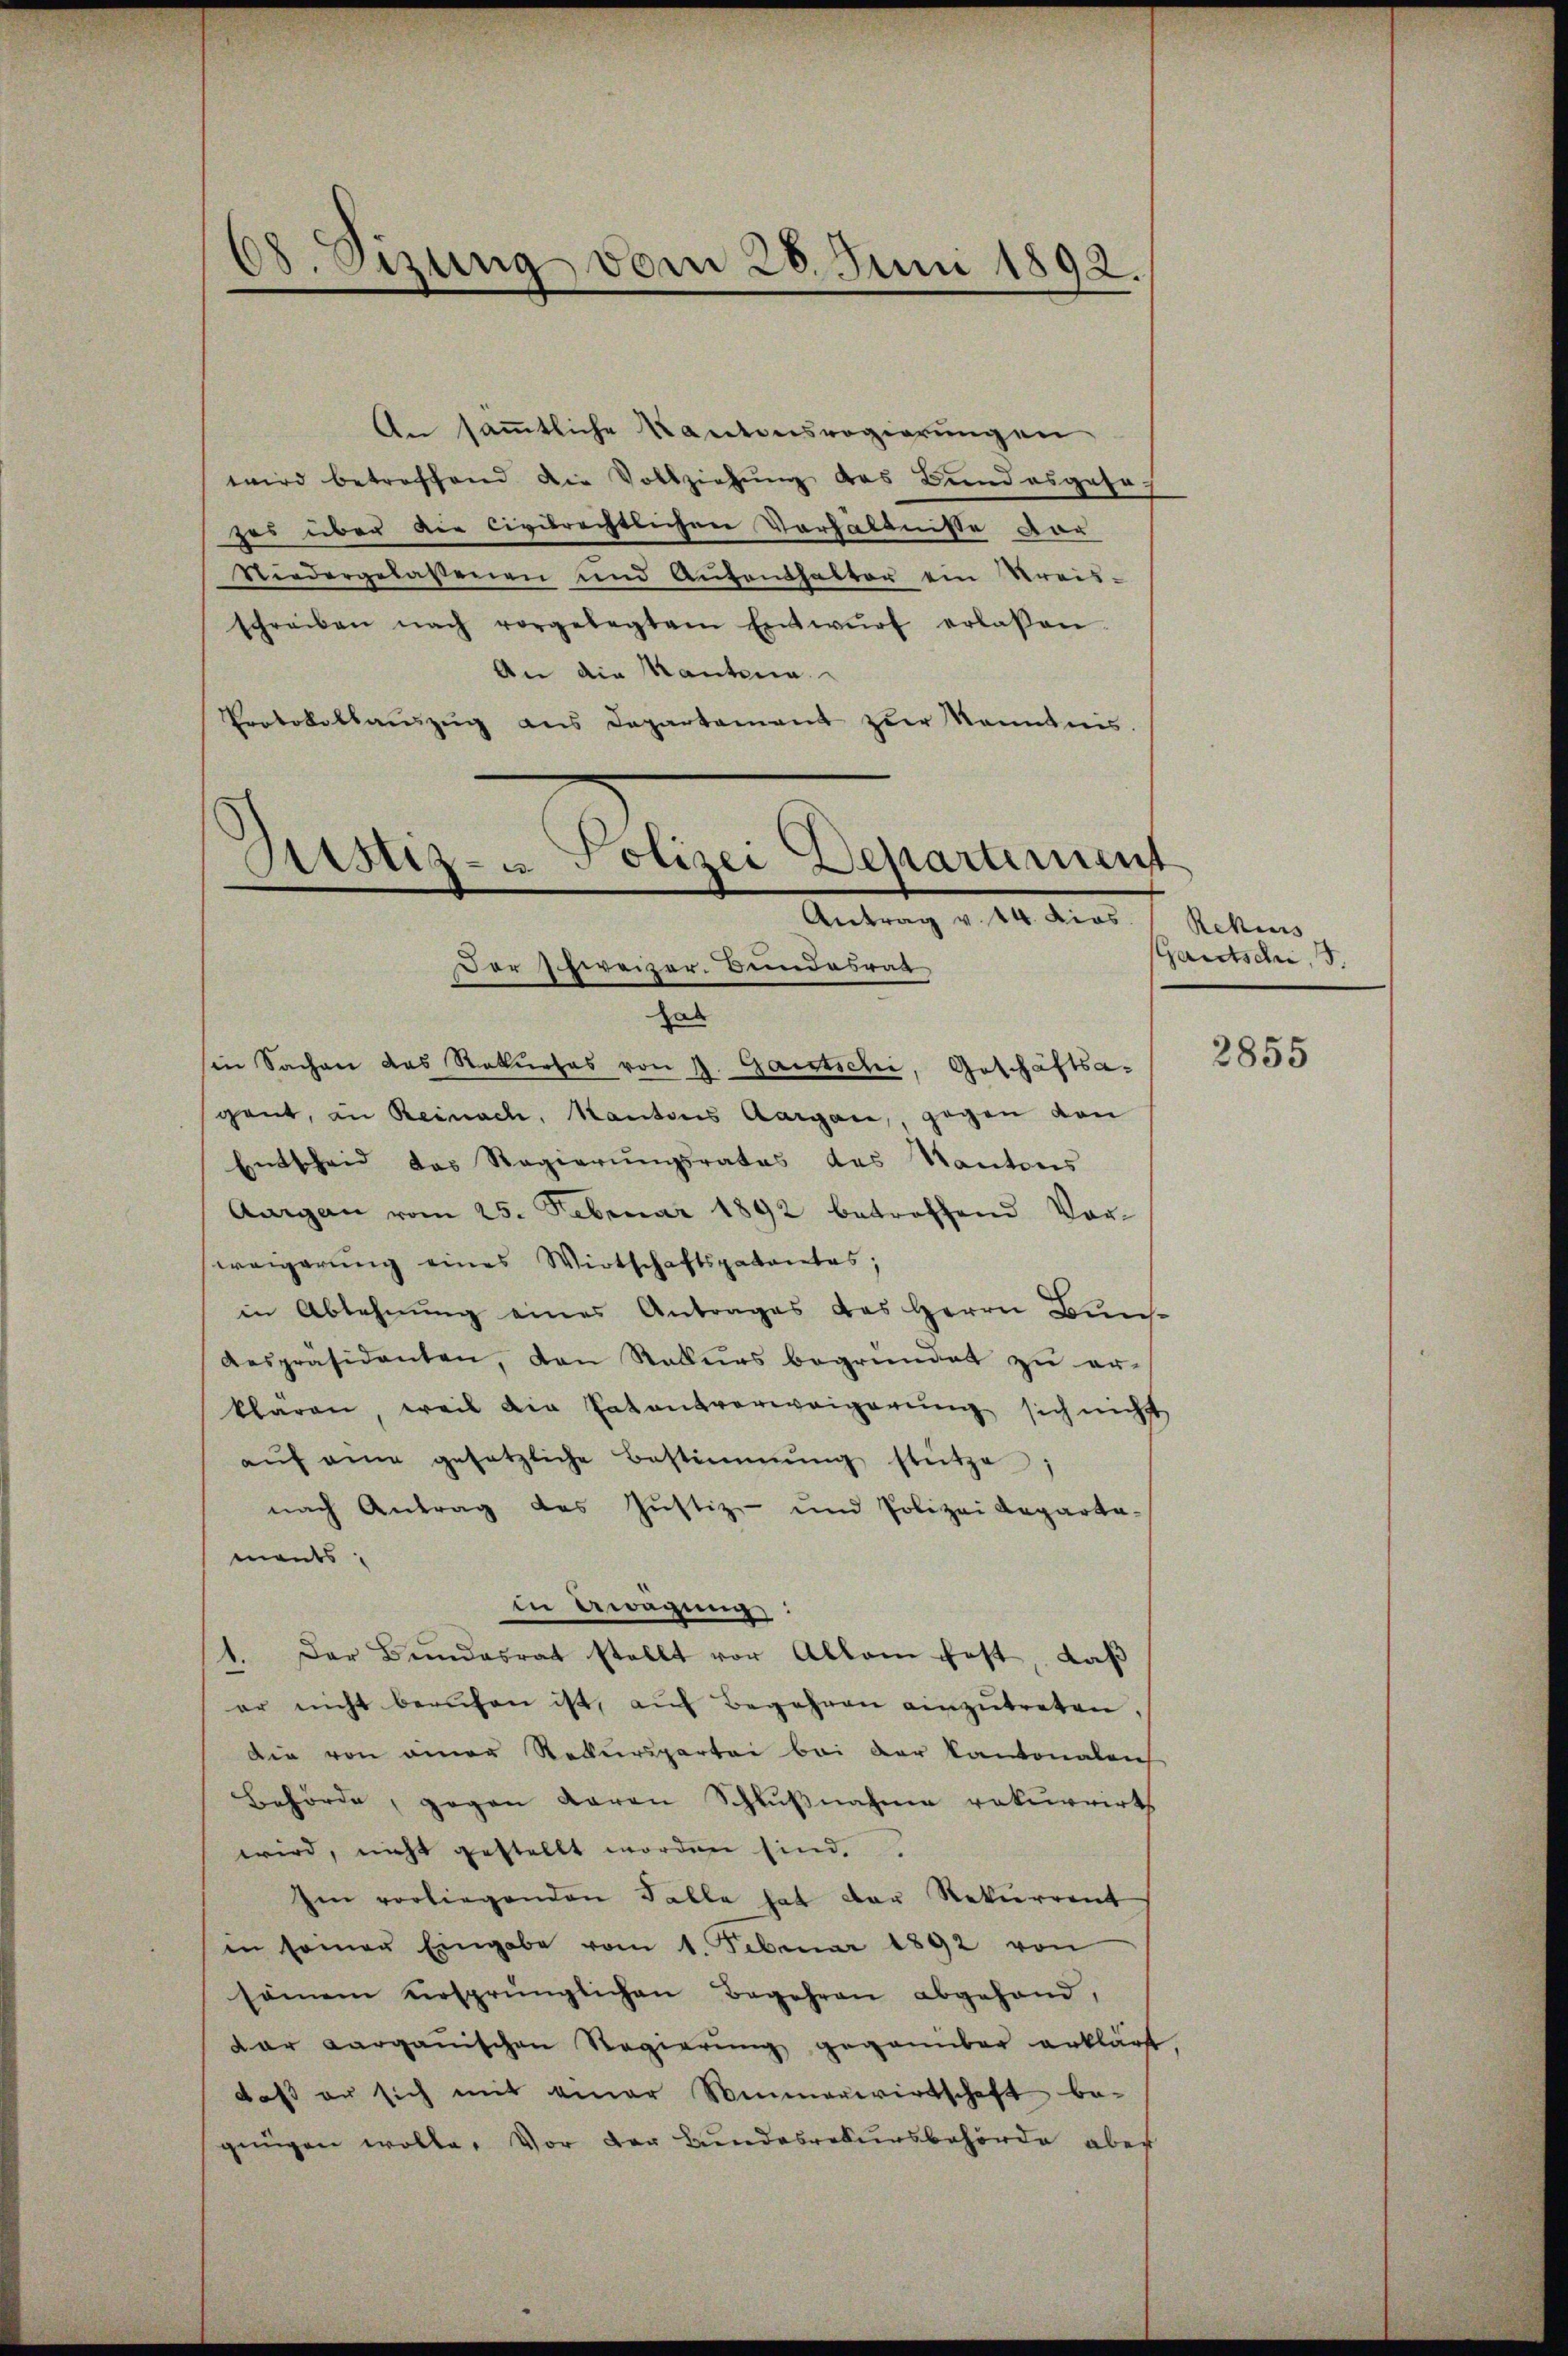
68. Sizung vom 28. Juni 1892.

An sämmtliche Kantonsregierungen
wird betreffend die Vollziehung des Bundesgese
zes über der Civilrechtlichen Verhältnisse vor
Niedergelassenen und Aŭfenthalter ein Kreis-
schreiben nach vorgelegtem Entwŭrf erlassen.
An die Kautena
Protokollaŭszŭg ans Departement zŭr Kenntnis.

Gstiz- u. olizei Departement
Der Schweizer. Bundesrat

hab
in Sachen das Rekurses von 4. Gautschi, Geschäftsagant, an Reinach, Kantons Aargau, gegen von
Entscheid das Regierungsrates des Kantons
Aargau vom 25. Februar 1892 betreffend Vor-
weigerung eines Wirtschaftspatentes;
in Ablehnung eines Antrages des Herrn Buns
Anspräsidenten, den Rekurs begründet zŭ er-
klaren, weil die Patentverweigerŭng sich nichts
aŭf eine gesetzliche Bestimmung stütze
nach Antrag des Justiz- und Polizei Reparta-
ments
in Erwägung:
1. Der Bundesrat stellt vor Allem fest, daß
er nicht berufen ist, aŭf Begehren einzŭtreten,
Die von einer Rekurspartei bei der Kantonalen
Behörde, gegen daran Schlußnahme rekurrirt
wird, nicht gestellt worden sind,
Ien vorliegenden Falle hat der Rekurrent
in seiner Eingabe vom 1. Februar 1892 von
samen ersprünglichen Begehren abgehand,
dar aargauischen Regierung gegenüber erklärt
daß er sich mit einer Wimmerwirtschaft be-
gungen wolle. Vor der Bundesrekursbehörde aber

Antrag v. 14. dies

Rekurs
Gautschi, 15.

2855